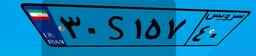
۰۶S۵۵۰۲۸